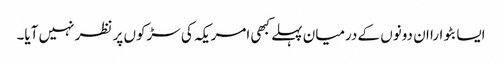
ایسا بٹوارا ان دونوں کے درمیان پہلے کبھی امریکہ کی سڑکوں پر نظر نہیں آیا۔